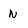
Character: N